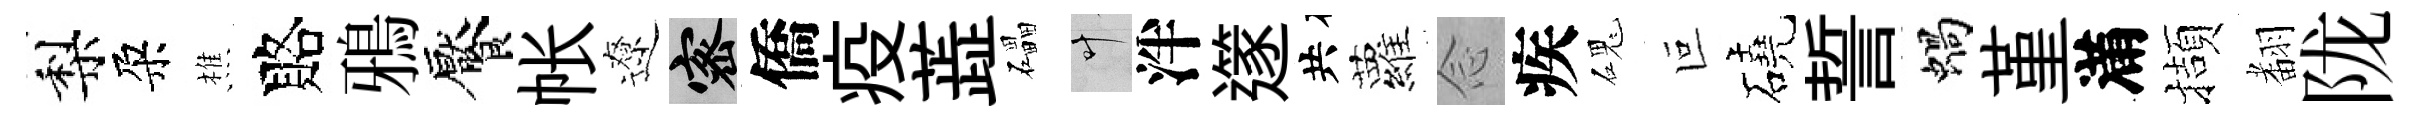
梨朶樵賂鴉饜帐遼密僑疫蕋礧叶泮𨗹共蘿𫝹疾磈叵磽誓蝸堇滿擷𮋒陇